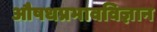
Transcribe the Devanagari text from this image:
औषधप्रभावविज्ञान